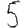
Digit: 5